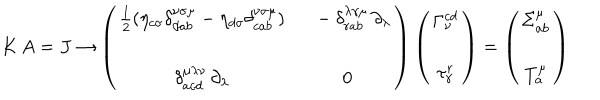
LaTeX: K \, A = J \rightarrow \left( \begin{array} { c c } { { \frac { 1 } { 2 } ( \eta _ { c \sigma } \delta _ { d a b } ^ { \nu \sigma \mu } - \eta _ { d \sigma } \delta _ { c a b } ^ { \nu \sigma \mu } ) } } & { { \ \ - \delta _ { r a b } ^ { \lambda \gamma \mu } \, \partial _ { \lambda } } } \\ { { } } & { { } } \\ { { \delta _ { a c d } ^ { \mu \lambda \nu } \, \partial _ { \lambda } } } & { { 0 } } \\ \end{array} \right) \left( \begin{array} { c } { { \Gamma _ { \nu } ^ { c d } } } \\ { { \tau _ { \gamma } ^ { r } } } \\ \end{array} \right) = \left( \begin{array} { c } { { \Sigma _ { a b } ^ { \mu } } } \\ { { T _ { a } ^ { \mu } } } \\ \end{array} \right)